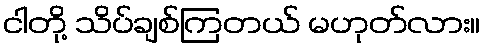
ငါတို့ သိပ်ချစ်ကြတယ် မဟုတ်လား။